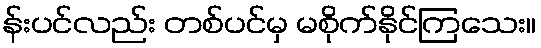
န်းပင်လည်း တစ်ပင်မှ မစိုက်နိုင်ကြသေး။